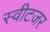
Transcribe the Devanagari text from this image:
स्वीटजर